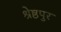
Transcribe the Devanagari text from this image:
श्रेष्ठपुर